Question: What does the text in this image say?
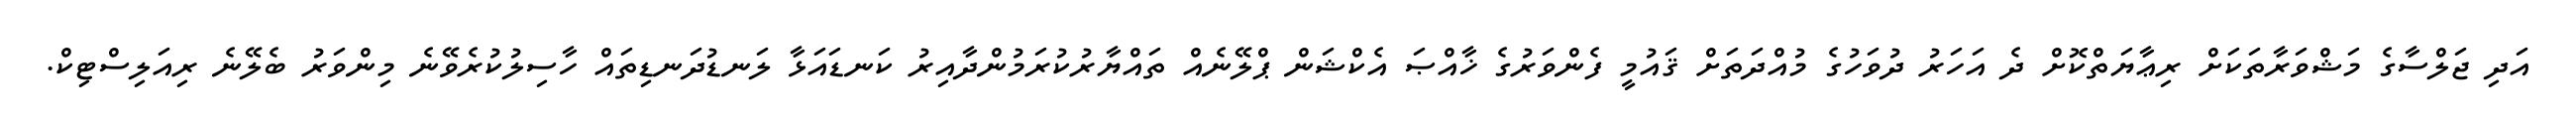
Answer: އަދި ޖަލްސާގެ މަޝްވަރާތަކަށް ރިޢާޔަތްކޮށް ދެ އަހަރު ދުވަހުގެ މުއްދަތަށް ޤައުމީ ފެންވަރުގެ ޚާއްޞަ އެކްޝަން ޕްލޭނެއް ތައްޔާރުކުރަމުންދާއިރު ކަނޑައަޅާ ލަނޑުދަނޑިތައް ހާސިލުކުރެވޭނެ މިންވަރު ބެލޭނެ ރިއަލިސްޓިކް.